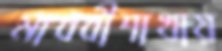
মাধবীশাখায়